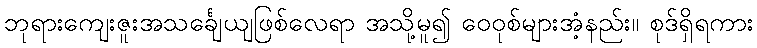
ဘုရားကျေးဇူးအသင်္ချေယျဖြစ်လေရာ အသို့မူ၍ ဝေဝုစ်များအံ့နည်း။ စုဒ်ရှိရကား